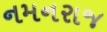
નમનરાજ